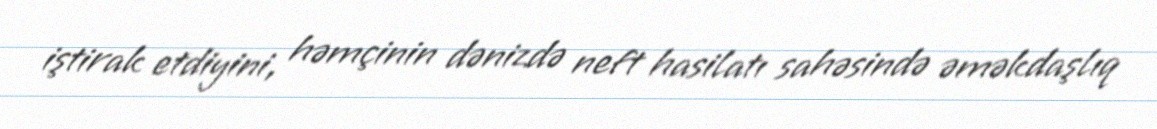
iştirak etdiyini, həmçinin dənizdə neft hasilatı sahəsində əməkdaşlıq